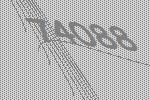
74088